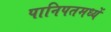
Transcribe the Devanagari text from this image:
पानिपतमध्यें